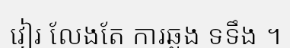
វៀរ លែងតែ ការឆ្លង ទទឹង ។